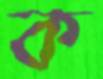
ক